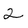
Character: 2